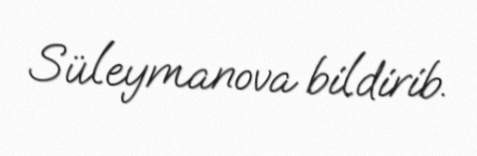
Süleymanova bildirib.